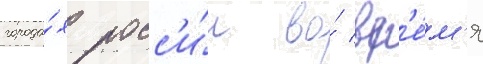
города́х росс'и́и во́ вр'е́м'я